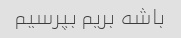
باشه بریم بپرسیم